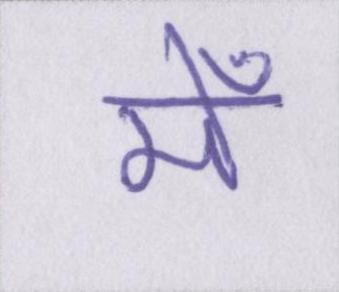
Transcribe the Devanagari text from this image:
मेँ